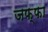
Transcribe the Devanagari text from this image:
जफ्फा